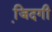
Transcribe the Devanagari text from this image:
जि़दगी